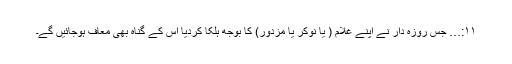
۱۱:… جس روزہ دار نے اپنے غلام ( یا نوکر یا مزدور) کا بوجھ ہلکا کردیا اس کے گناہ بھی معاف ہوجائیں گے۔